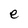
Character: e